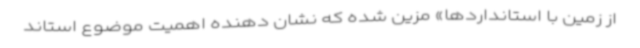
از زمین با استانداردها» مزین شده که نشان دهنده اهمیت موضوع استاند